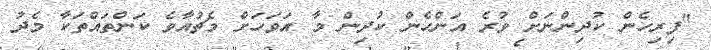
"ފިރިހެން ކުދިންނަށް ވުރެ އަންހެން ކުދިން މާ އަވަހަށް މެޗުއާވެ ކަންތައްތަކާ މެދު